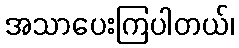
အသာပေးကြပါတယ်၊